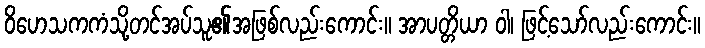
ဝိဟေသကကံသို့တင်အပ်သူ၏အဖြစ်လည်းကောင်း။ အာပတ္တိယာ ဝါ၊ ဖြင့်သော်လည်းကောင်း။